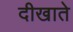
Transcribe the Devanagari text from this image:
दीखाते